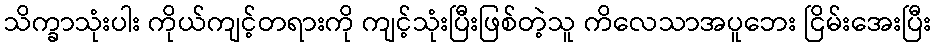
သိက္ခာသုံးပါး ကိုယ်ကျင့်တရားကို ကျင့်သုံးပြီးဖြစ်တဲ့သူ ကိလေသာအပူဘေး ငြိမ်းအေးပြီး